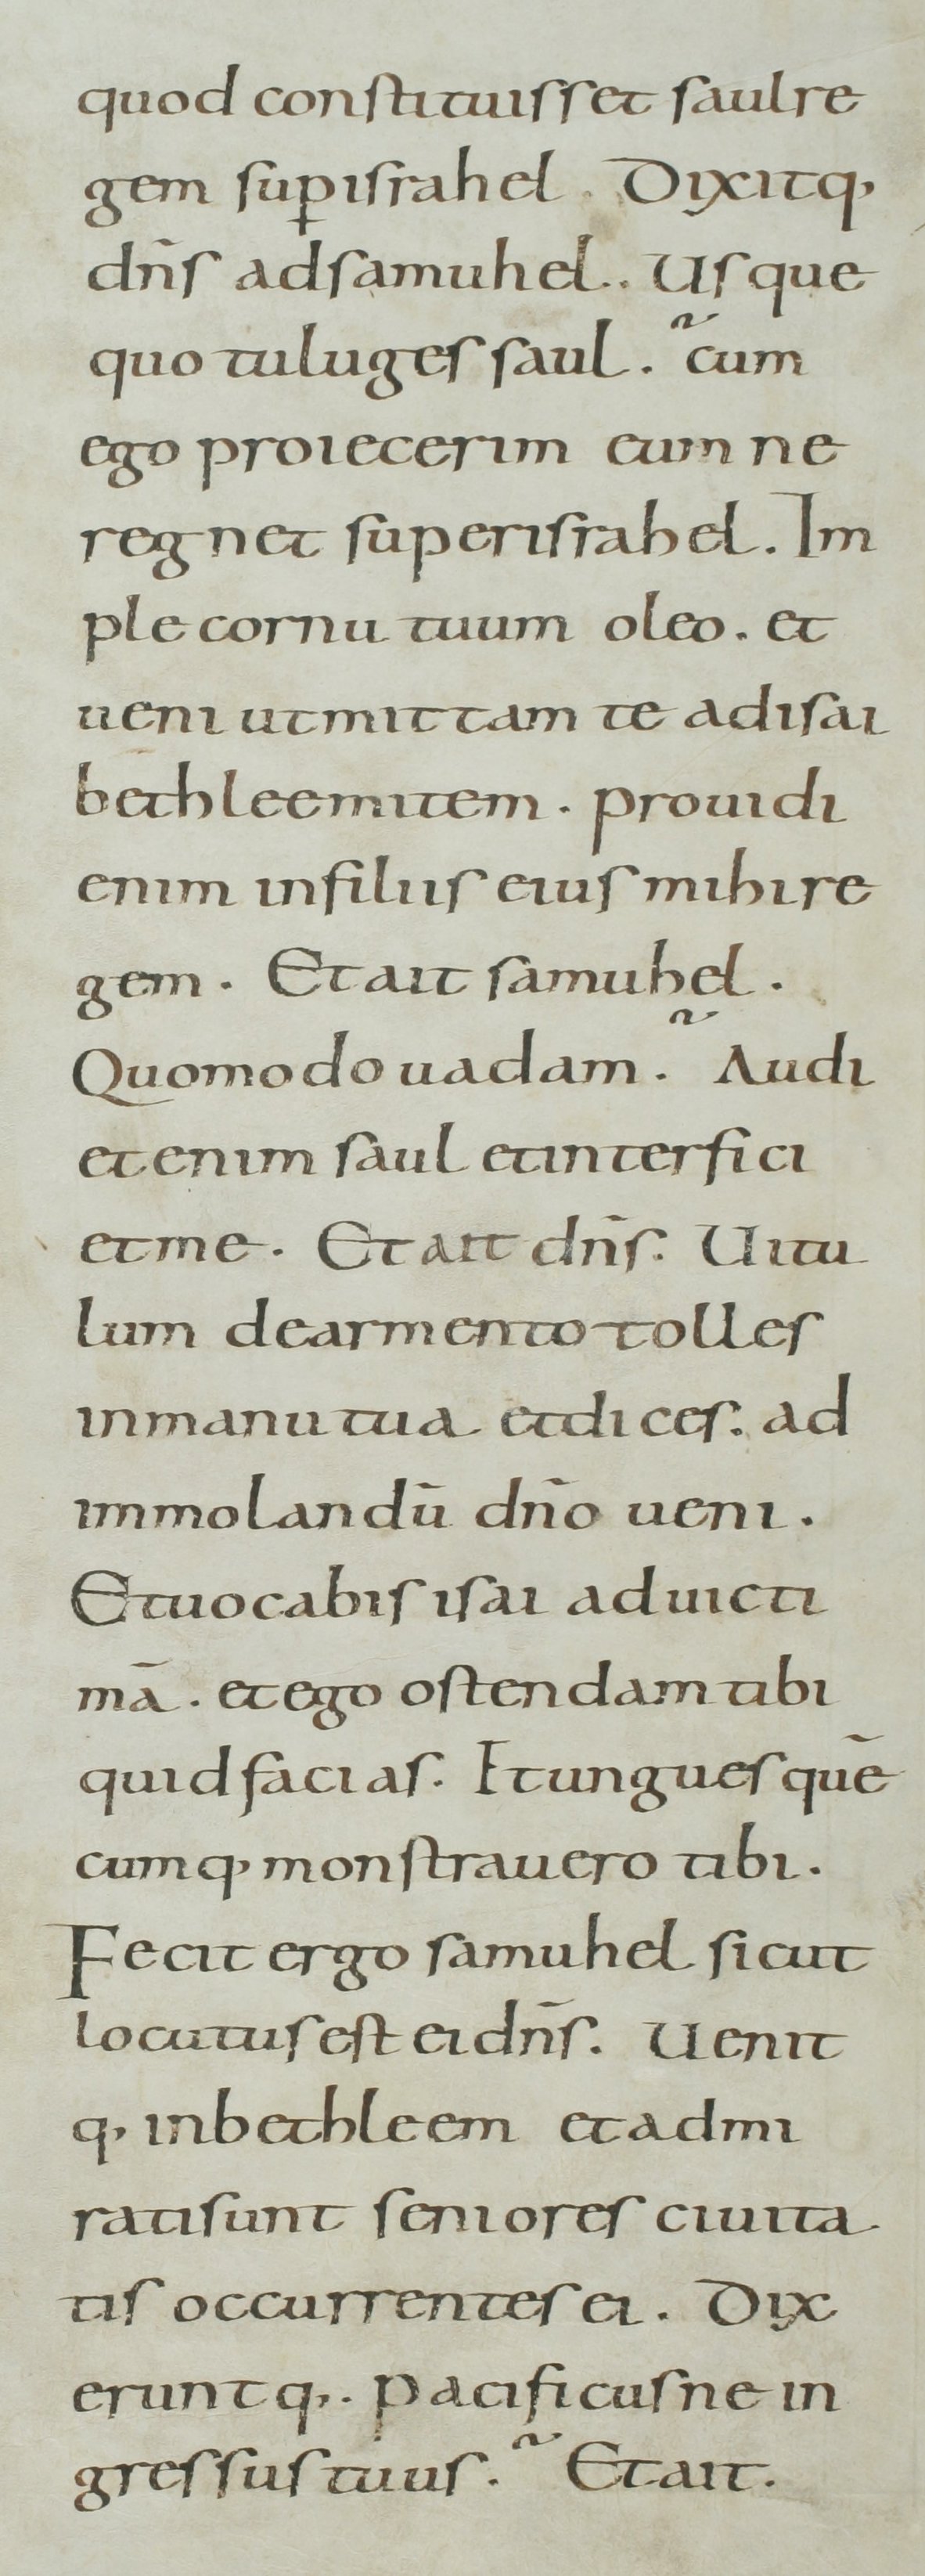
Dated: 800–899